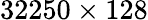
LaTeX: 32250\times 128